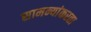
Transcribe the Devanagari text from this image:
सामन्यांकरता